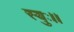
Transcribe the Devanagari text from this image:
स्युः।।